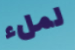
لملء